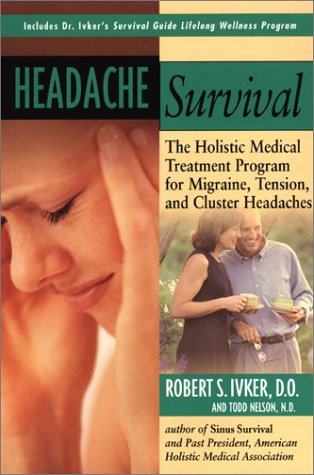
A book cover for Headache Survival PA; Robert S. Ivker; Health, Fitness & Dieting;